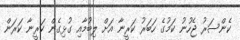
ކެންސަރު ޖެހުނު ކަމުގެ ހަބަރު ކަރީނާ އަށް ލިބުމާއި ގުޅިގެން ކަރީނާ ކަރަން